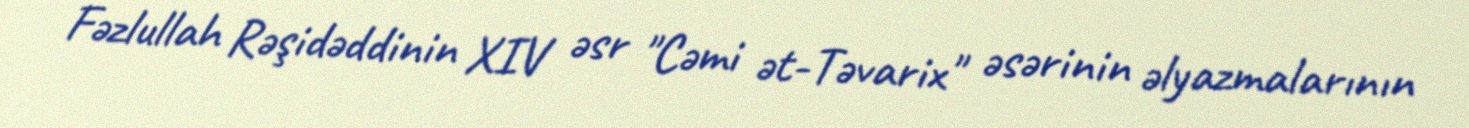
Fəzlullah Rəşidəddinin XIV əsr "Cəmi ət-Təvarix" əsərinin əlyazmalarının